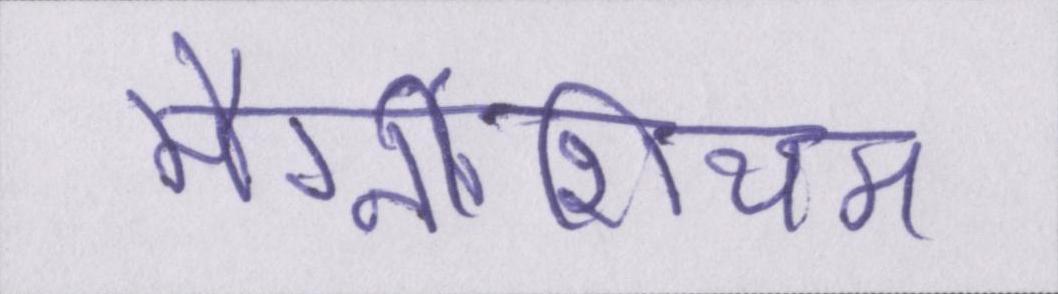
मैग्नीशियम